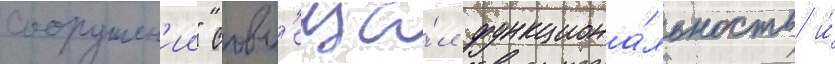
сооружен'ии" совм'еща́л функциона́льность и́